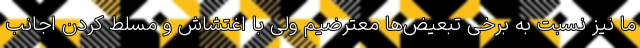
ما نیز نسبت به برخی تبعیض‌ها معترضیم ولی با اغتشاش و مسلط کردن اجانب